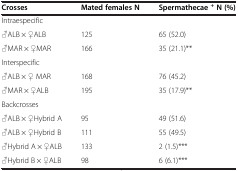
<table><thead><tr><td><b>Crosses</b></td><td><b>Mated females N</b></td><td><b>Spermathecae<sup>+</sup>N (%)</b></td></tr></thead><tbody><tr><td>Intraespecific</td><td></td><td></td></tr><tr><td>♂ALB × ♀ALB</td><td>125</td><td>65 (52.0)</td></tr><tr><td>♂MAR × ♀MAR</td><td>166</td><td>35 (21.1)**</td></tr><tr><td>Interspecific</td><td></td><td></td></tr><tr><td>♂ALB × ♀ MAR</td><td>168</td><td>76 (45.2)</td></tr><tr><td>♂MAR × ♀ALB</td><td>195</td><td>35 (17.9)**</td></tr><tr><td>Backcrosses</td><td></td><td></td></tr><tr><td>♂ALB × ♀Hybrid A</td><td>95</td><td>49 (51.6)</td></tr><tr><td>♂ALB × ♀Hybrid B</td><td>111</td><td>55 (49.5)</td></tr><tr><td>♂Hybrid A × ♀ALB</td><td>133</td><td>2 (1.5)***</td></tr><tr><td>♂Hybrid B × ♀ALB</td><td>98</td><td>6 (6.1)***</td></tr></tbody></table>